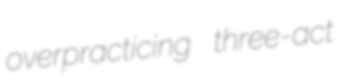
overpracticing three-act